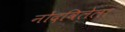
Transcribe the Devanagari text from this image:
नोंदविलेला